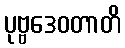
ပုဗ္ဗဒေဝတာတိ